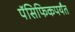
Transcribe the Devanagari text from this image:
पॅसिफिकपर्यंत